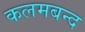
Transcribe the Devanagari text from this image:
कलमबन्द